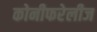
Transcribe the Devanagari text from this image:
कोनीफरेलीज